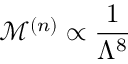
\mathcal { M } ^ { ( n ) } \propto \frac { 1 } { \Lambda ^ { 8 } }